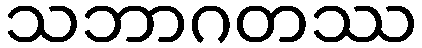
သဘာဂတဿ